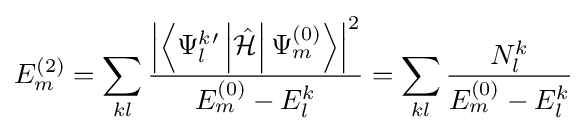
E_{m}^{(2)}=\sum _{kl}{\frac {\left|\left\langle \Psi _{l}^{k}{}^{\prime }\left|{\hat {\mathcal {H}}}\right|\Psi _{m}^{(0)}\right\rangle \right|^{2}}{E_{m}^{(0)}-E_{l}^{k}}}=\sum _{kl}{\frac {N_{l}^{k}}{E_{m}^{(0)}-E_{l}^{k}}}